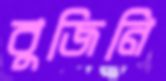
বুজিনি